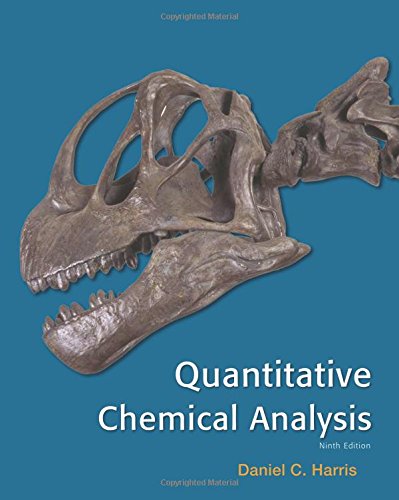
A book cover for Quantitative Chemical Analysis; Daniel C. Harris; Science & Math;